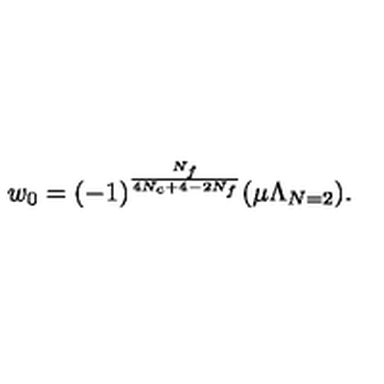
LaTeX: w _ { 0 } = ( - 1 ) ^ { \frac { N _ { f } } { 4 N _ { c } + 4 - 2 N _ { f } } } ( \mu \Lambda _ { N = 2 } ) .